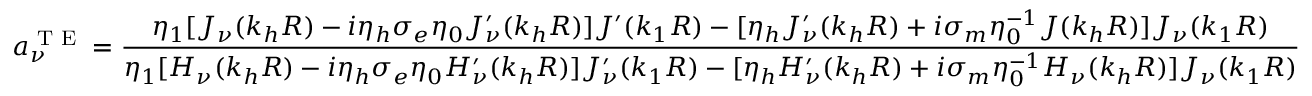
a _ { \nu } ^ { \textrm { T E } } = \frac { \eta _ { 1 } [ J _ { \nu } ( k _ { h } R ) - i \eta _ { h } \sigma _ { e } \eta _ { 0 } J _ { \nu } ^ { \prime } ( k _ { h } R ) ] J ^ { \prime } ( k _ { 1 } R ) - [ \eta _ { h } J _ { \nu } ^ { \prime } ( k _ { h } R ) + i \sigma _ { m } \eta _ { 0 } ^ { - 1 } J ( k _ { h } R ) ] J _ { \nu } ( k _ { 1 } R ) } { \eta _ { 1 } [ H _ { \nu } ( k _ { h } R ) - i \eta _ { h } \sigma _ { e } \eta _ { 0 } H _ { \nu } ^ { \prime } ( k _ { h } R ) ] J _ { \nu } ^ { \prime } ( k _ { 1 } R ) - [ \eta _ { h } H _ { \nu } ^ { \prime } ( k _ { h } R ) + i \sigma _ { m } \eta _ { 0 } ^ { - 1 } H _ { \nu } ( k _ { h } R ) ] J _ { \nu } ( k _ { 1 } R ) }